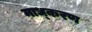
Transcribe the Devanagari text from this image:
माध्करण